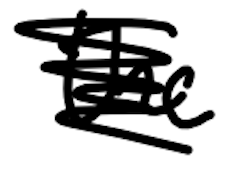
Text: the
Cross-out: scratch
Writing tool: digital_black